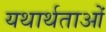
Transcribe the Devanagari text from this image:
यथार्थताओं